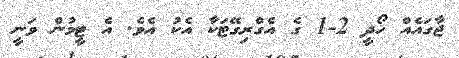
ޖާގައެއް ހޯދީ 2-1 ގެ އެގްރިގޭޓަކާ އެކު އެވެ. އެ ޓީމުން ވަނީ